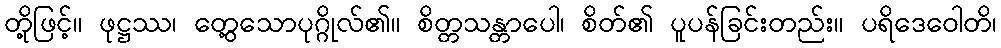
တို့ဖြင့်။ ဖုဋ္ဌဿ၊ တွေ့သောပုဂ္ဂိုလ်၏။ စိတ္တသန္တာပေါ၊ စိတ်၏ ပူပန်ခြင်းတည်း။ ပရိဒေဝေါတိ၊